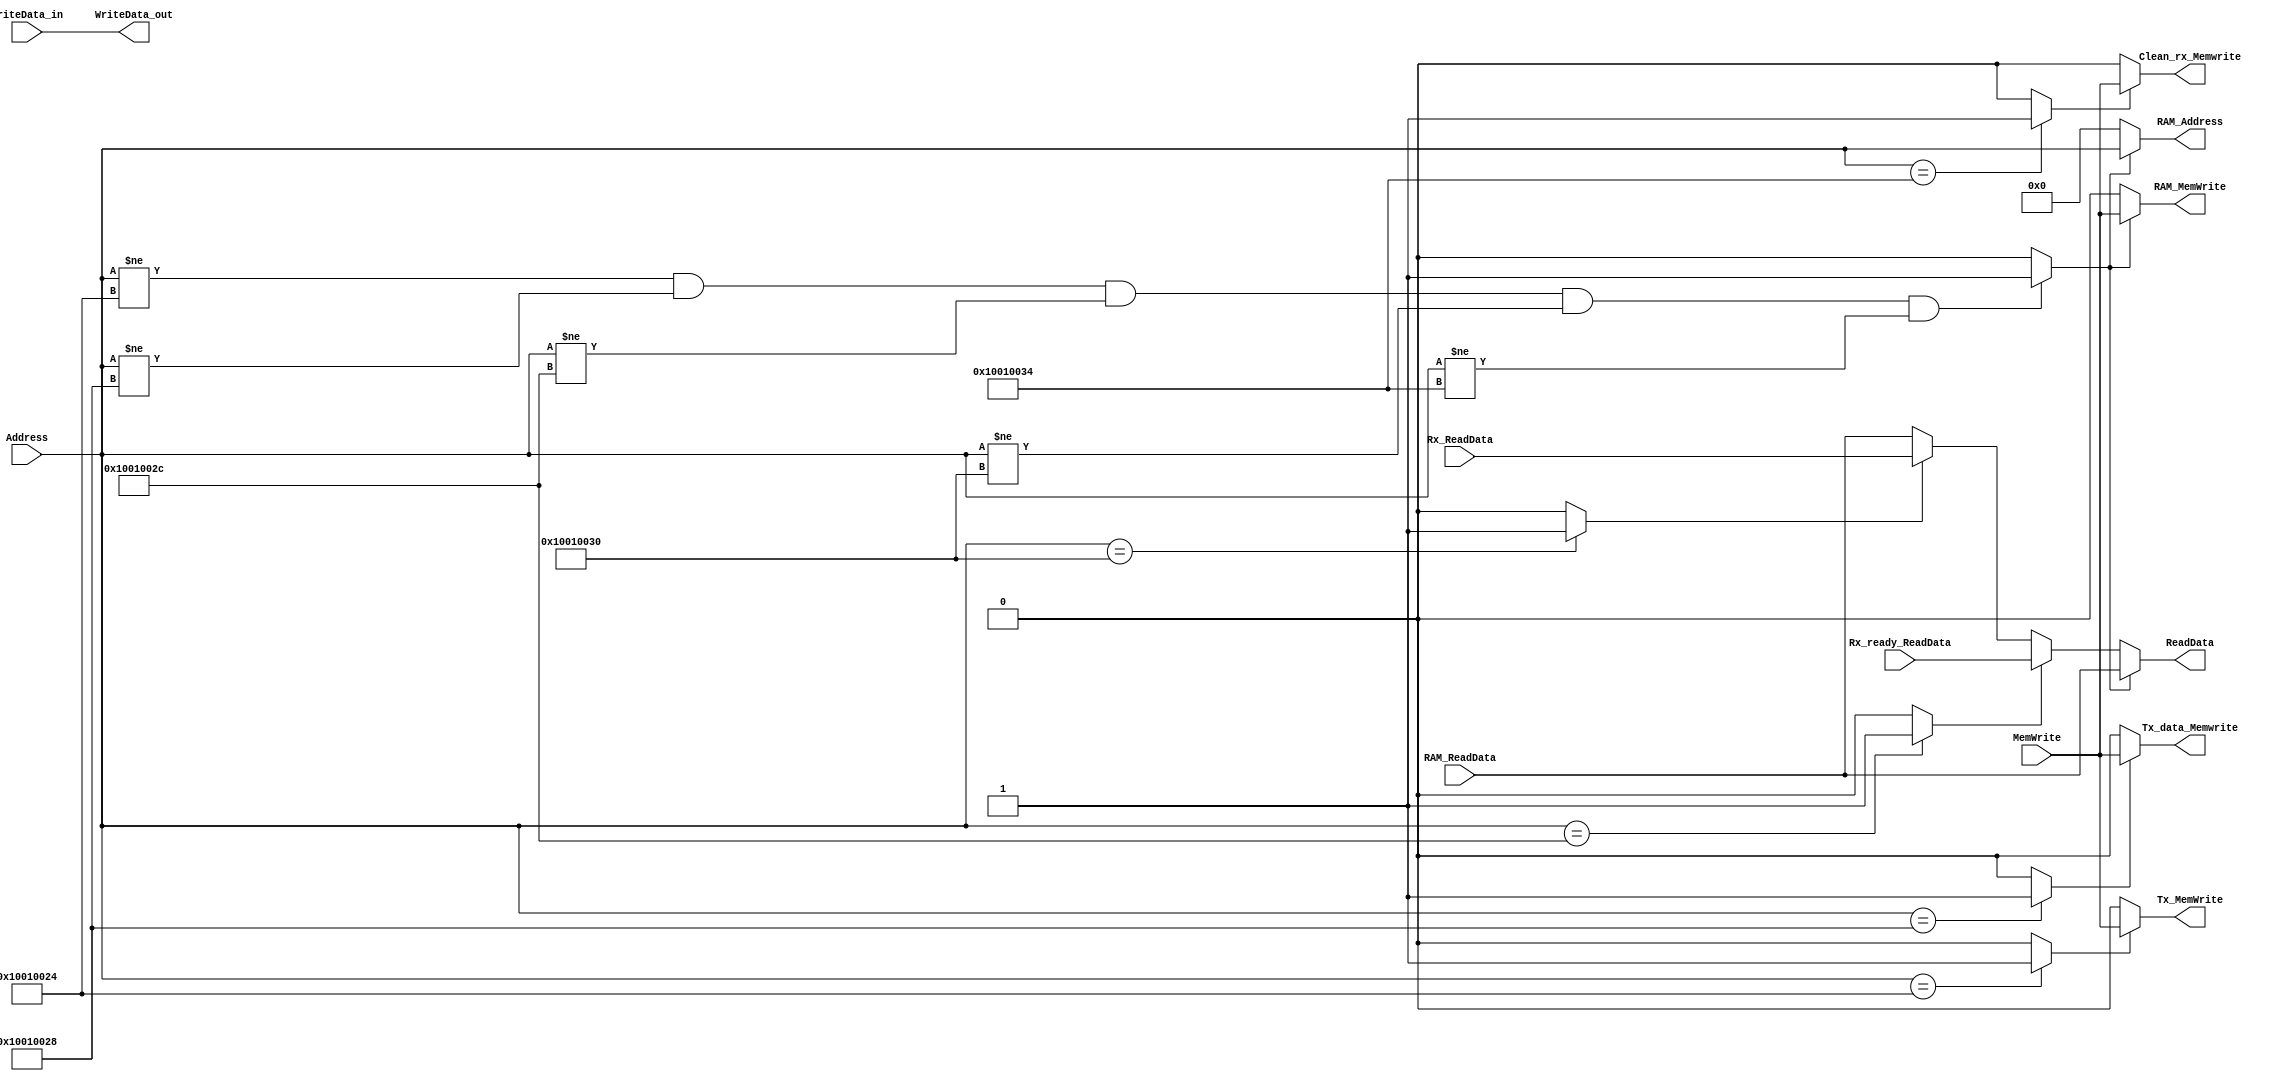
module MemControl
#(
	parameter DATA_WIDTH=32
)
(


	//CORE Interface
	input [(DATA_WIDTH-1):0] Address,
	input [(DATA_WIDTH-1):0] WriteData_in,
	input MemWrite,

	output [(DATA_WIDTH-1):0] ReadData,
	
	//ID MEM Interface
	output [(DATA_WIDTH-1):0]RAM_Address,
	output [(DATA_WIDTH-1):0]WriteData_out,
	output RAM_MemWrite,
	output Tx_MemWrite,
	output Tx_data_Memwrite,
	output Clean_rx_Memwrite,
	
	input [(DATA_WIDTH-1):0]RAM_ReadData,
	input [(DATA_WIDTH-1):0]Rx_ReadData,
	input [(DATA_WIDTH-1):0]Rx_ready_ReadData
	

	
);

localparam TX_ADDR          = 32'h10010024;
localparam TX_DATA_ADDR     = 32'h10010028;
localparam RX_READY_ADDR    = 32'h1001002C;
localparam RX_DATA_ADDR     = 32'h10010030;
localparam CLEAN_RX_ADDR    = 32'h10010034;


reg RamMem;
reg tx;
reg tx_data;
reg rx_ready;
reg rx_data;
reg clean_rx;
reg [31:0]ReadData_r;

always@(*) begin
  RamMem = ( (Address != TX_ADDR) & (Address != TX_DATA_ADDR) & (Address != RX_READY_ADDR) & (Address != RX_DATA_ADDR) & (Address != CLEAN_RX_ADDR) ) ? 1'b1 : 1'b0;
  tx = (Address == TX_ADDR) ? 1'b1 : 1'b0;
  tx_data =  (Address == TX_DATA_ADDR) ? 1'b1 : 1'b0;
  rx_ready = (Address == RX_READY_ADDR) ? 1'b1 : 1'b0;
  rx_data = (Address == RX_DATA_ADDR) ? 1'b1 : 1'b0;
  clean_rx = (Address == CLEAN_RX_ADDR) ? 1'b1 : 1'b0;
  if(RamMem)
	  ReadData_r = RAM_ReadData;
  else if(rx_ready)
     ReadData_r = Rx_ready_ReadData;
  else if (rx_data)
	  ReadData_r = Rx_ReadData;
  else
     ReadData_r = RAM_ReadData;
end
//ID_MEM
assign  RAM_Address     = (RamMem) ? Address : 32'h0000_0000;
assign  WriteData_out      = WriteData_in ;
assign  RAM_MemWrite    = (RamMem) ? MemWrite    : 1'b0;
//TX_ADDR
assign Tx_MemWrite = (tx) ? MemWrite : 1'b0;
//Tx_DATA
assign Tx_data_Memwrite = (tx_data) ? MemWrite: 1'b0;
//CLEAN_RX
assign Clean_rx_Memwrite = (clean_rx) ? MemWrite: 1'b0;
assign ReadData = ReadData_r;



endmodule